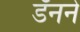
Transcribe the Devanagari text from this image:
डॅनने